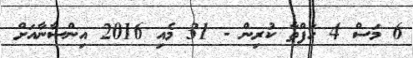
6 މަސް 4 ހަފްތާ ކުރިން - 31 މެއި 2016 އިންސާނާއަށް